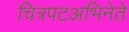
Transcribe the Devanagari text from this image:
चित्रपटअभिनेते